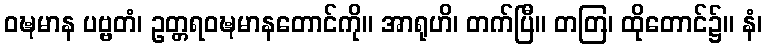
ဝဍ္ဎမာန ပဗ္ဗတံ၊ ဥတ္တရဝဍ္ဎမာနတောင်ကို။ အာရုဟိ၊ တက်ပြီ။ တတြ၊ ထိုတောင်၌။ နံ၊